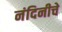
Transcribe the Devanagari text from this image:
नंदिनीचे